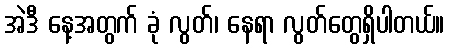
အဲဒီ နေ့အတွက် ခုံ လွတ်၊ နေရာ လွတ်တွေရှိပါတယ်။